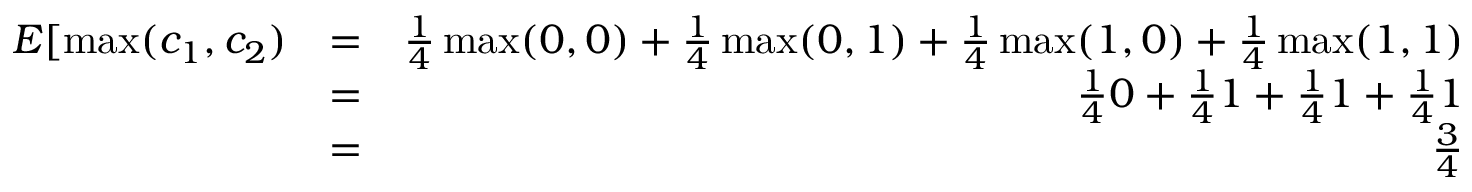
\begin{array} { r l r } { E [ \operatorname* { m a x } ( c _ { 1 } , c _ { 2 } ) } & { = } & { { \frac { 1 } { 4 } } \operatorname* { m a x } ( 0 , 0 ) + { \frac { 1 } { 4 } } \operatorname* { m a x } ( 0 , 1 ) + { \frac { 1 } { 4 } } \operatorname* { m a x } ( 1 , 0 ) + { \frac { 1 } { 4 } } \operatorname* { m a x } ( 1 , 1 ) } \\ & { = } & { { \frac { 1 } { 4 } } 0 + { \frac { 1 } { 4 } } 1 + { \frac { 1 } { 4 } } 1 + { \frac { 1 } { 4 } } 1 } \\ & { = } & { { \frac { 3 } { 4 } } } \end{array}